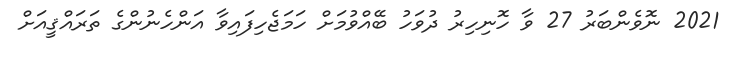
2021 ނޮވެންބަރު 27 ވާ ހޮނިހިރު ދުވަހު ބޭއްވުމަށް ހަމަޖެހިފައިވާ އަންހެނުންގެ ތަރައްޤީއަށް